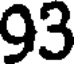
93